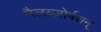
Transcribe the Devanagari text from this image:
मैलब्ज़ोर्पशन्